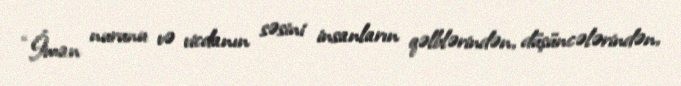
“İman nurunu və vicdanın səsini insanların qəlblərindən, düşüncələrindən,